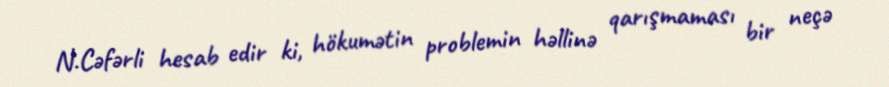
N.Cəfərli hesab edir ki, hökumətin problemin həllinə qarışmaması bir neçə